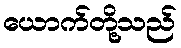
ယောက်တို့သည်